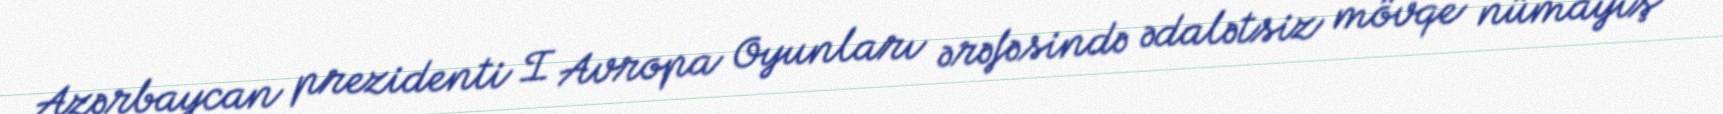
Azərbaycan prezidenti I Avropa Oyunları ərəfəsində ədalətsiz mövqe nümayiş